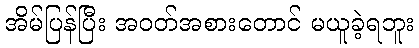
အိမ်ပြန်ပြီး အဝတ်အစားတောင် မယူခဲ့ရဘူး